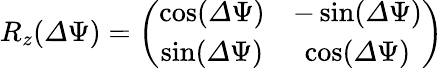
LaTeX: \begin{array}{r}{R_{z}({\mathit\Delta\Psi})=\left(\begin{array}{cc}{\cos({\mathit\Delta\Psi})}&{-\sin({\mathit\Delta\Psi})}\\ {\sin({\mathit\Delta\Psi})}&{\cos({\mathit\Delta\Psi})}\end{array}\right)}\end{array}